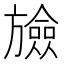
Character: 𣄝